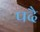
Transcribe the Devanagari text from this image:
पदै